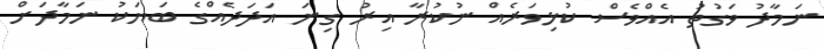
ނަމާދު ވަގުތު އެއްވެސް ކުޅިވަރެއް ނުކުރާ އިރު ގިނަ އަދަދެއްގެ ބަޔަކު ނަމާދަށް